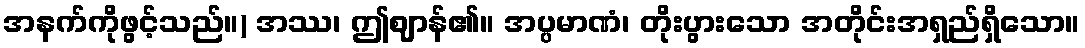
အနက်ကိုဖွင့်သည်။) အဿ၊ ဤဈာန်၏။ အပ္ပမာဏံ၊ တိုးပွားသော အတိုင်းအရှည်ရှိသော။